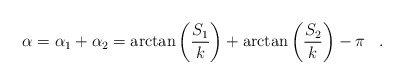
\begin{align*}\alpha =\alpha_1 +\alpha_2=\arctan \left( \frac {S_1}k \right) +\arctan \left( \frac {S_2}k \right) -\pi \, \ \ .\end{align*}